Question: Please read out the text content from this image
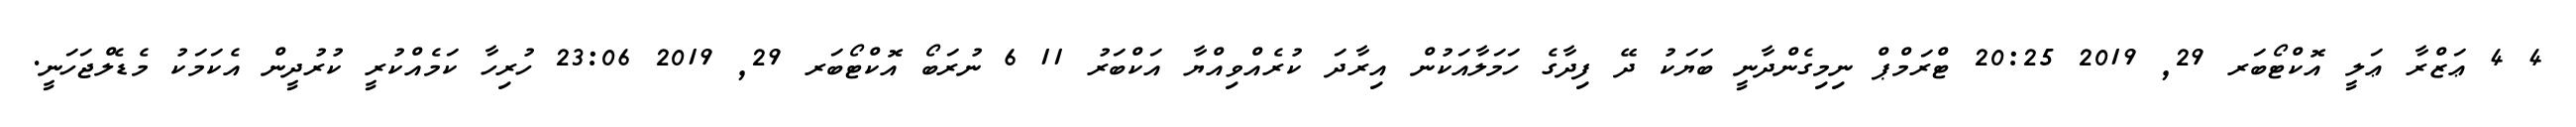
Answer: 4 4 ޢަޒްރާ ޢަލީ އޮކްޓޯބަރ 29, 2019 20:25 ޓްރަމްޕް ނިމިގެންދާނީ ބަޔަކު ދޭ ފިދާގެ ހަމަލާއަކުން އިރާދަ ކުރެއްވިއްޔާ އަކްބަރު 11 6 ނުރަބޯ އޮކްޓޯބަރ 29, 2019 23:06 ހުރިހާ ކަމެއްކުރީ ކުރުދީން އެކަމަކު މެޑެލްޖަހަނީ.